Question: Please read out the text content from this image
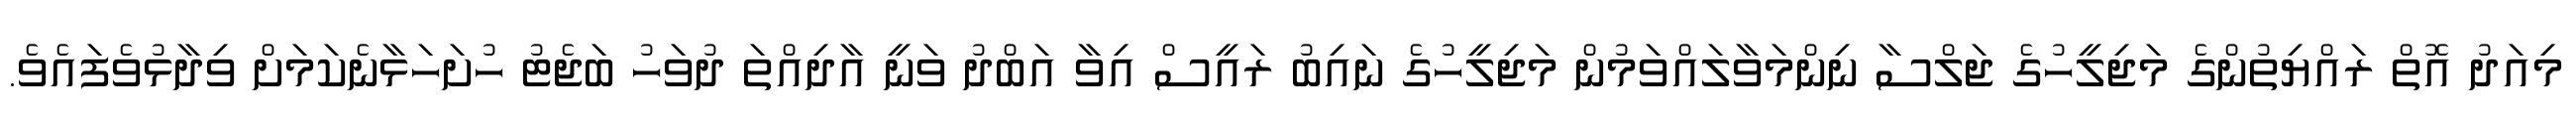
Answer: މިއަދު އޮތް ރައްޔިތުންގެ މަޖިލީހުގެ ޖަލްސާ ނިންމަވާލައްވަމުން މަޖިލީހުގެ ނައިބު ރައީސް އިވާ އަބްދު ވަނީ އާދިއްތަ ދުވަހު ބަޖެޓު ހުށަހަޅާނެކަމަށް ވިދާޅުވެފައެވެ.